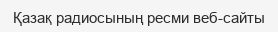
Қазақ радиосының ресми веб-сайты